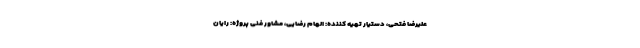
علیرضا فتحی، دستیار تهیه کننده: الهام رضایی، مشاور فنی پروژه: رایان